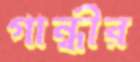
গান্ধীর